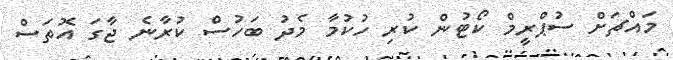
މައްޗަށް ސުޕްރީމް ކޯޓުން ކުރި ހުކުމާ މެދު ބަހުސް ކުރާނެ ޖާގަ އޮތަސް